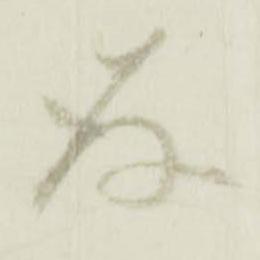
存